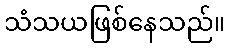
သံသယဖြစ်နေသည်။